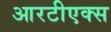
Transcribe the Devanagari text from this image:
आरटीएक्स